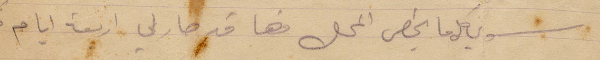
سوي كل ما يخص المحل فها قد صار لي أربعة أيام